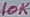
Text: 10K